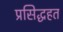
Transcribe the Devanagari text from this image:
प्रसिद्धहत